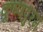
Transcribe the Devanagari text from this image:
कृष्णपुरम